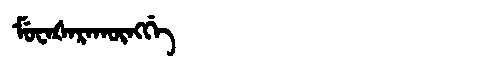
Manchu: ᠮᡠᠸᠠᡧᠠᡵᠠᡴᡡᠩᡤᡝ
Romanization: MUWAŠARAKŪNGGE